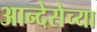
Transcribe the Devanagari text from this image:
आन्देसेच्या